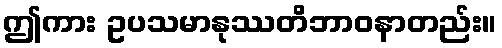
ဤကား ဥပသမာနုဿတိဘာဝနာတည်း။